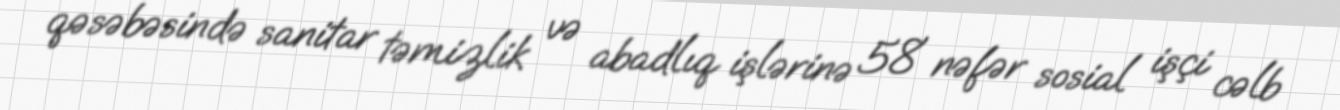
qəsəbəsində sanitar təmizlik və abadlıq işlərinə 58 nəfər sosial işçi cəlb